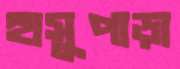
হাসুপাড়া